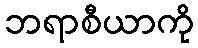
ဘရာစီယာကို